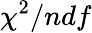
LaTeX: \chi^{2}/ndf